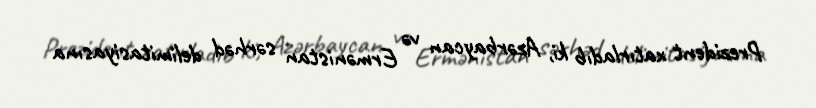
Prezident xatırladıb ki, Azərbaycan və Ermənistan sərhəd delimitasiyasına